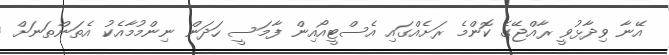
އޭނާ ވިދާޅުވީ ރާއްޖޭގެ ކޮންމެ ރަށެއްގައި އެސްޓީއޯއިން ފާމަސީ ހަދަން ނިންމުމާއެކު އެތަންތަނަށް